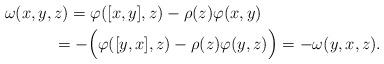
LaTeX: \begin{align*} &\omega(x,y,z)=\varphi([x,y],z)-\rho(z)\varphi(x,y)\\ &\;\;\;\;\;\; \; \quad=-\Big(\varphi([y,x],z)-\rho(z)\varphi(y,z)\Big)=-\omega(y,x,z).\end{align*}